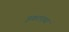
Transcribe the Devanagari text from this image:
इकाएयां